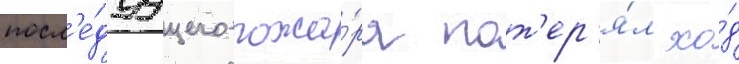
посл'е́дуущего пожа́ра пот'ер'я́л хо́д